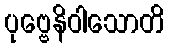
ပုဗ္ဗေနိဝါသောတိ